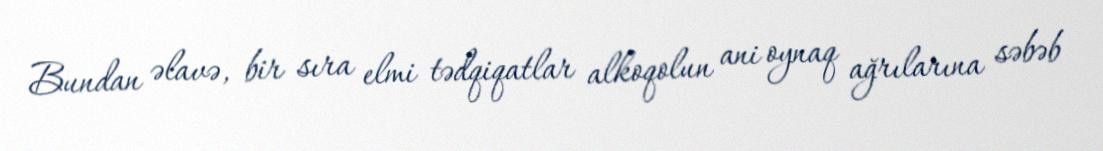
Bundan əlavə, bir sıra elmi tədqiqatlar alkoqolun ani oynaq ağrılarına səbəb